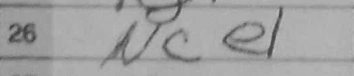
Transcription: Nce1